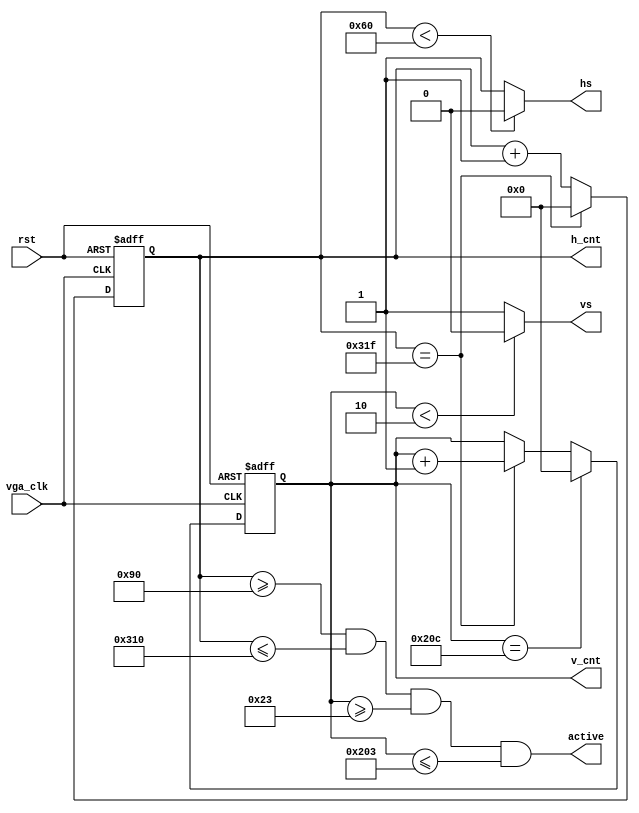
module vga_driver(
    input vga_clk,//VGA25.175MHz
    input rst,//
    output reg [11:0] h_cnt,//
    output reg [11:0] v_cnt,//
    output hs,//
    output vs,//
    output active//
);

// 640*480
parameter       H_SYNC_PULSE      =   96  , 
                H_BACK_PORCH      =   48  ,
                H_ACTIVE_TIME     =   640 ,
                H_FRONT_PORCH     =   16  ,
                H_LINE_PERIOD     =   800 ;

// 640*480               
parameter       V_SYNC_PULSE      =   2   , 
                V_BACK_PORCH      =   33  ,
                V_ACTIVE_TIME     =   480 ,
                V_FRONT_PORCH     =   10  ,
                V_FRAME_PERIOD    =   525 ;

always@(posedge vga_clk or posedge rst)
begin
    if(rst)
        h_cnt<=12'd0;
    else if(h_cnt==H_LINE_PERIOD-1'b1)
        h_cnt<=12'd0;
    else
        h_cnt<=h_cnt+1'b1;
end

assign hs=(h_cnt < H_SYNC_PULSE) ? 1'b0 : 1'b1;

always@(posedge vga_clk or posedge rst)
begin
    if(rst)
        v_cnt<=12'd0;
    else if(v_cnt==V_FRAME_PERIOD-1'b1)
        v_cnt<=12'd0;
    else if(h_cnt==H_LINE_PERIOD-1'b1)
        v_cnt<=v_cnt+1'b1;
    else
        v_cnt<=v_cnt;
end

assign vs=(v_cnt < V_SYNC_PULSE) ? 1'b0 : 1'b1;

assign active=(h_cnt >= (H_SYNC_PULSE + H_BACK_PORCH))&&
            (h_cnt <= (H_SYNC_PULSE + H_BACK_PORCH + H_ACTIVE_TIME))&& 
            (v_cnt >= (V_SYNC_PULSE + V_BACK_PORCH))&&
            (v_cnt <= (V_SYNC_PULSE + V_BACK_PORCH + V_ACTIVE_TIME));

endmodule